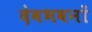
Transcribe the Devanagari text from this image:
देवभवनों